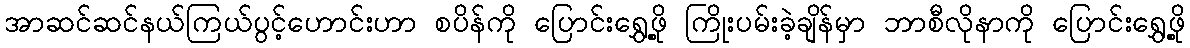
အာဆင်ဆင်နယ်ကြယ်ပွင့်ဟောင်းဟာ စပိန်ကို ပြောင်းရွှေ့ဖို့ ကြိုးပမ်းခဲ့ချိန်မှာ ဘာစီလိုနာကို ပြောင်းရွှေ့ဖို့